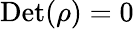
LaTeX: \mathrm{Det}(\rho)=0